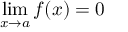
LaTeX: \operatorname* { l i m } _ { x \to a } f ( x ) = 0